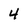
Character: 4